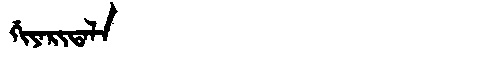
Manchu: ᡤᡳᠶᠠᡵᡳᡨᠠᠯᠠ
Romanization: GIYARITALA